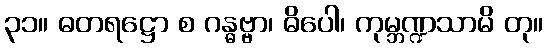
၃၁။ ဓတရဋ္ဌော စ ဂန္ဓဗ္ဗာ၊ ဓိပေါ၊ ကုမ္ဘဏ္ဍသာမိ တု။